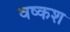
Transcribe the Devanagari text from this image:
वष्कश